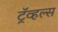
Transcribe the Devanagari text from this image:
ट्रॅव्हल्स